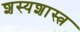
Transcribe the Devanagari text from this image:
शस्यशास्त्र